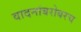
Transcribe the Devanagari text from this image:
वादनांबरोबरच